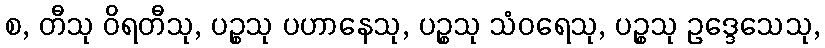
စ, တီသု ဝိရတီသု, ပဉ္စသု ပဟာနေသု, ပဉ္စသု သံဝရေသု, ပဉ္စသု ဥဒ္ဒေသေသု,